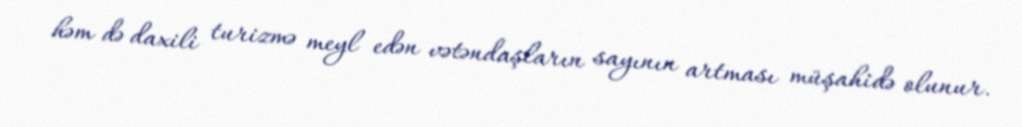
həm də daxili turizmə meyl edən vətəndaşların sayının artması müşahidə olunur.